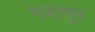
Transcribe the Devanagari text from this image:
गदापुर